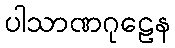
ပါသာဏဂုဠေန